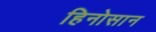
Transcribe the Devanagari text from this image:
हिनोसान